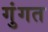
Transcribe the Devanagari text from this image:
गुंगत